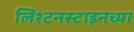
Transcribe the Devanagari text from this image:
लिश्टनस्टाइनच्या